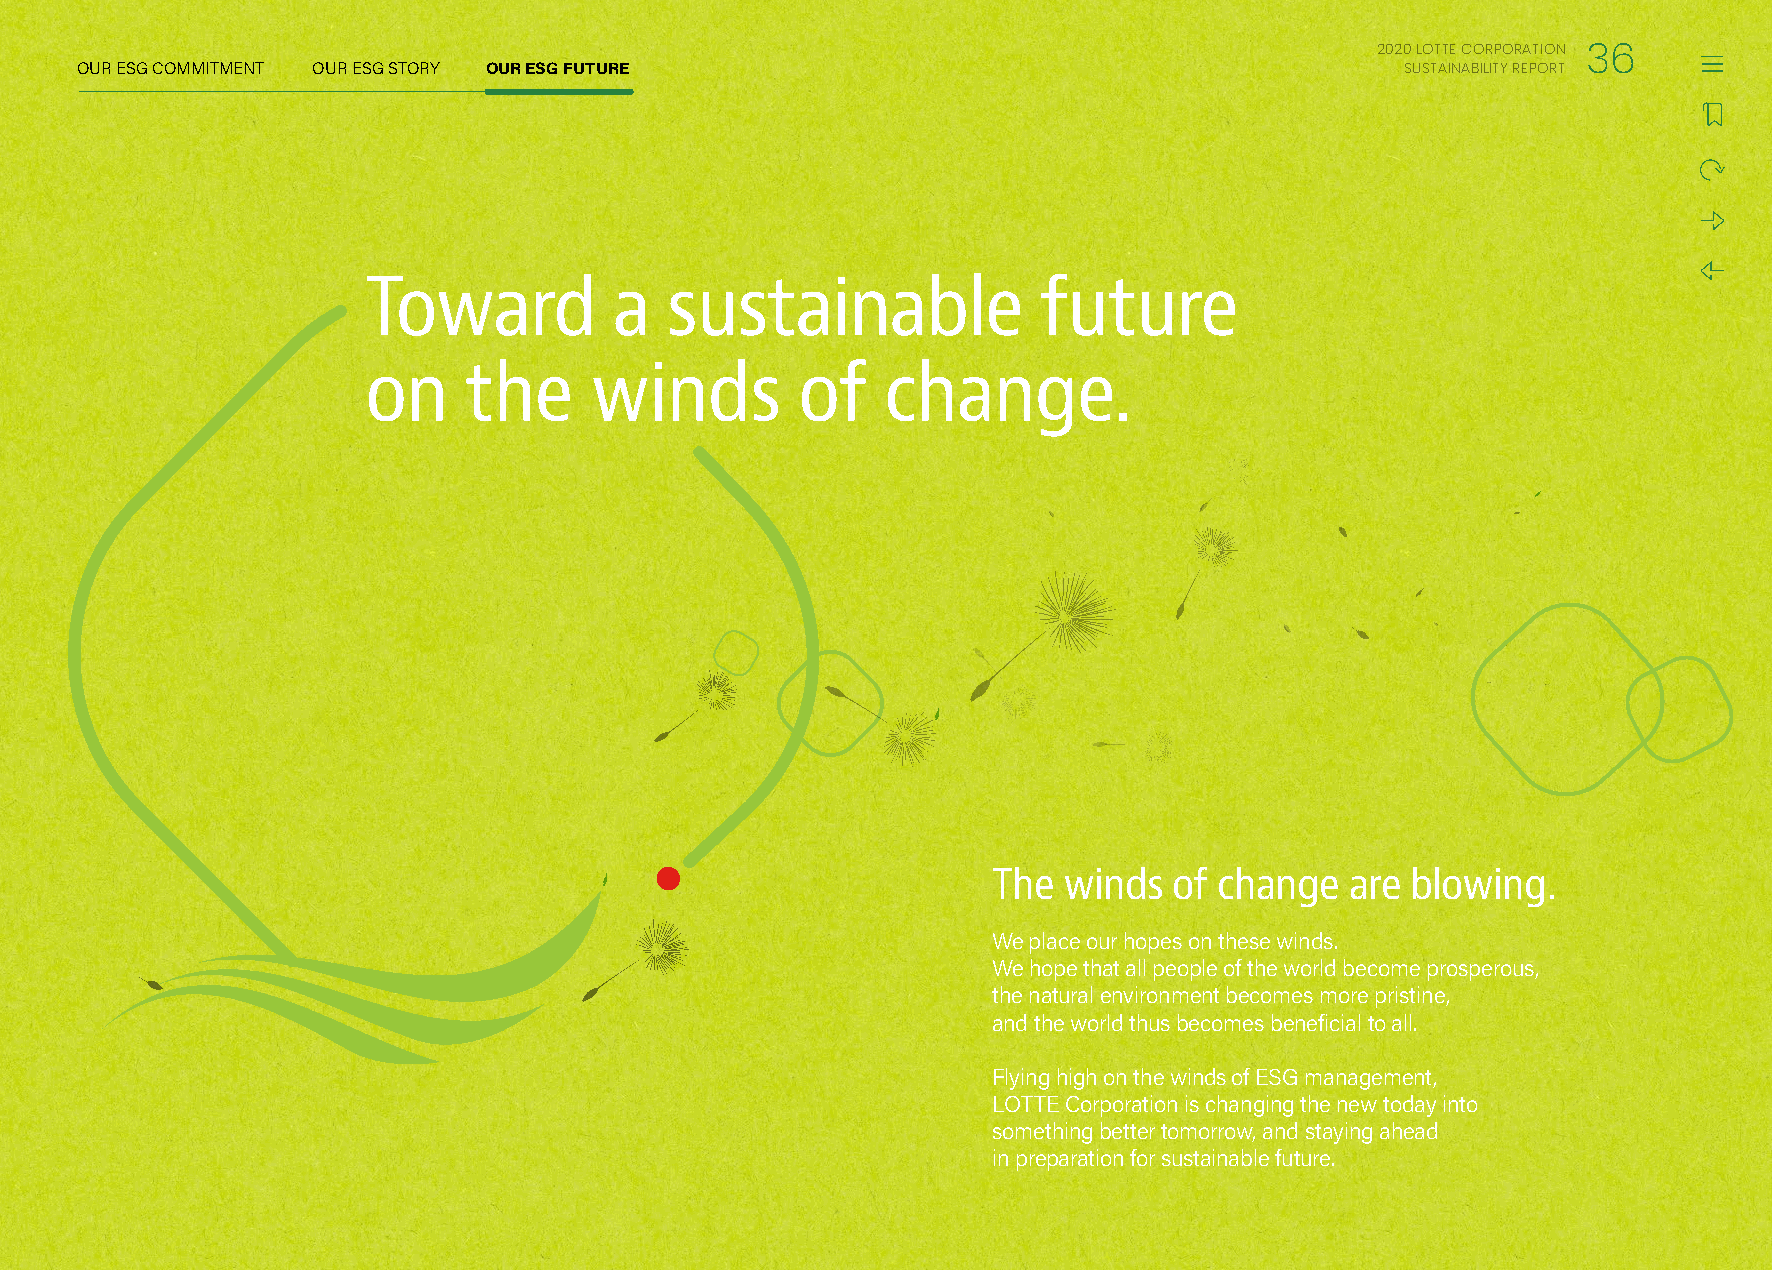
2020 LOTTE CORPORATION
 36
 OUR ESG COMMITMENT OUR ESG STORY OUR ESG FUTURE                                         SUSTAINABILITY REPORT
 Toward           a  sustainable              future
 on     the     winds         of    change.
 The winds   of change  are blowing.
 We place our hopes on these winds.
 We hope that all people of the world become prosperous,
 the natural environment becomes more pristine,
 and the world thus becomes beneficial to all.
 Flying high on the winds of ESG management,
 LOTTE Corporation is changing the new today into
 something better tomorrow, and staying ahead
 in preparation for sustainable future.